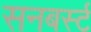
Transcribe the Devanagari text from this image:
सनबर्स्ट